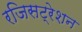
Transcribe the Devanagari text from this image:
रजिसट्रेशन